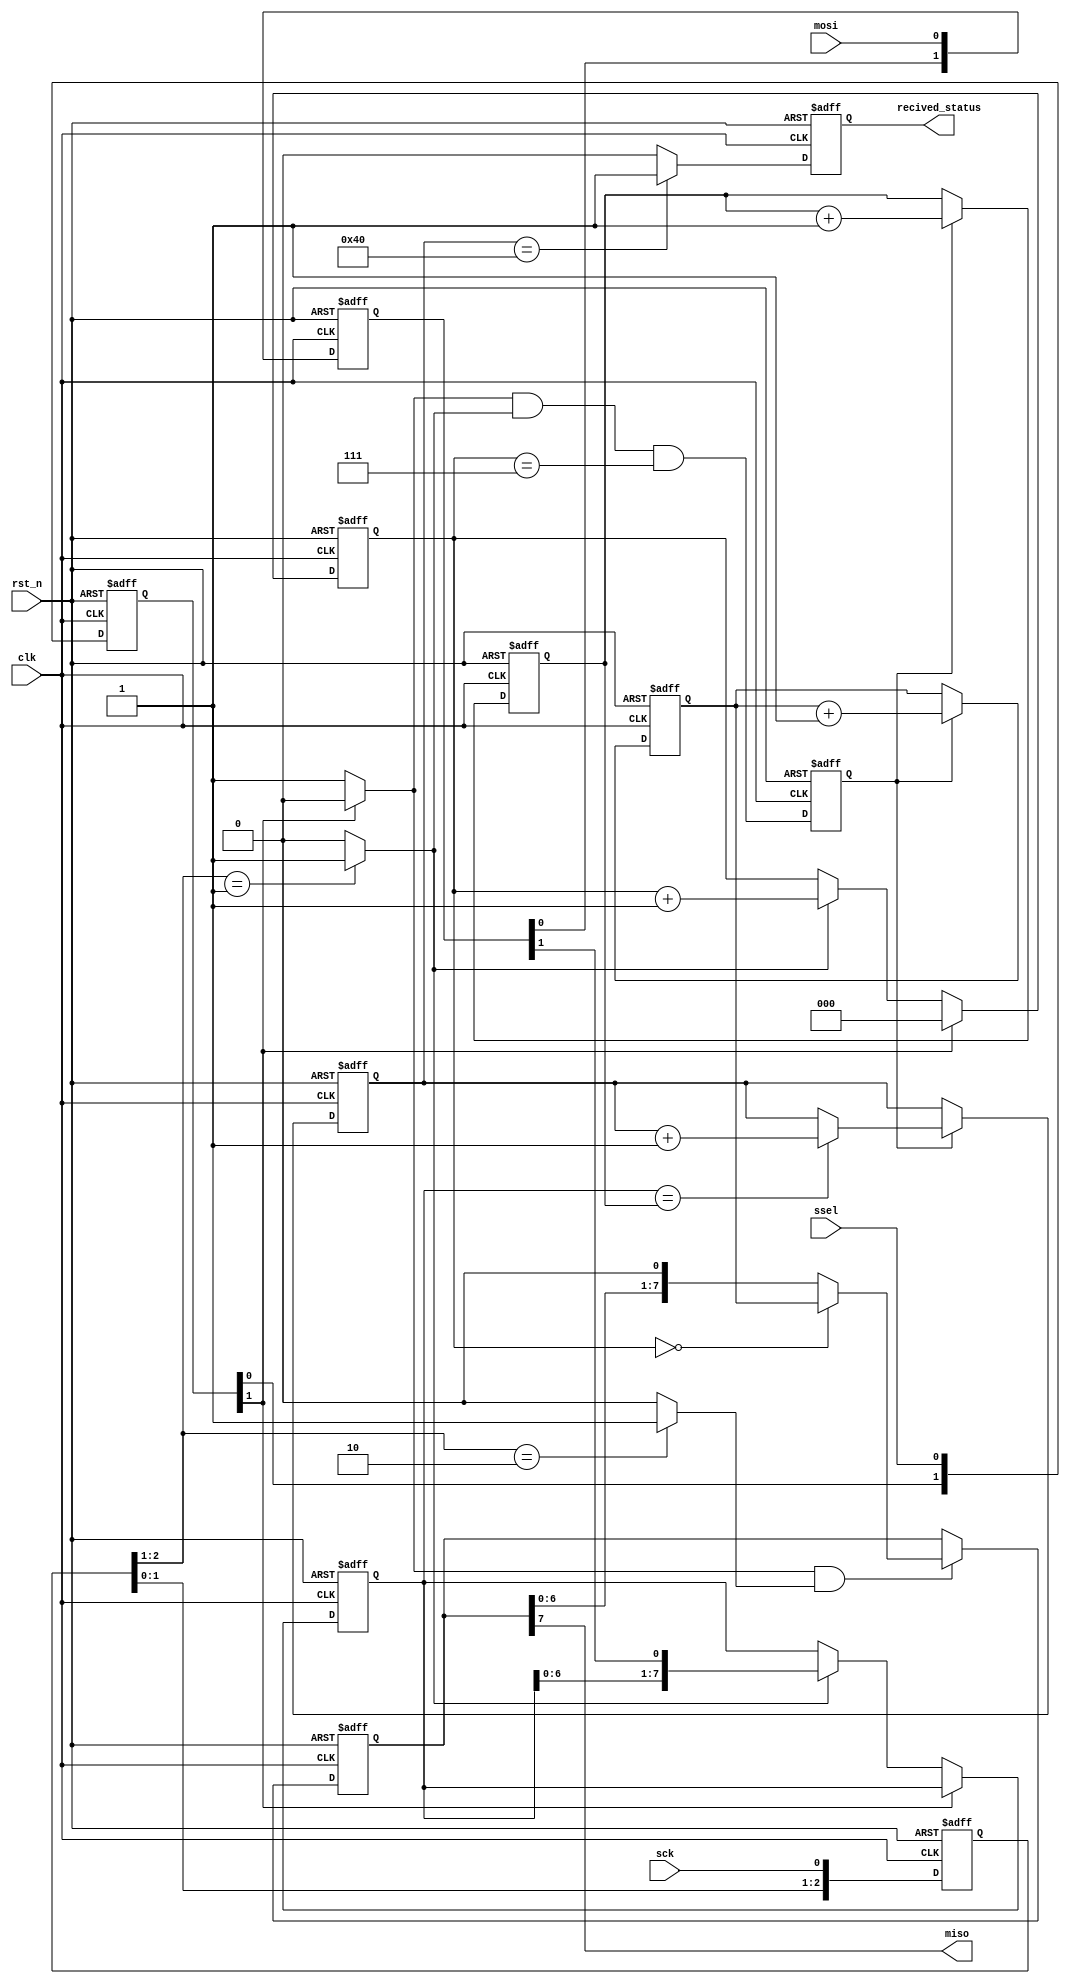
module spi_slave_0_base(
clk,sck,mosi,miso,ssel,rst_n,recived_status
);

input clk;
input rst_n;
input sck,mosi,ssel;
output miso;
output recived_status;

reg recived_status;
reg[2:0] sckr;
reg[2:0] sselr;
reg[1:0] mosir;
reg[2:0] bitcnt;
reg[7:0] bytecnt;
reg byte_received;  // high when a byte has been received
reg [7:0] byte_data_received;
reg[7:0] received_memory;
reg [7:0] byte_data_sent;
reg [7:0] cnt;

wire ssel_active;
wire sck_risingedge;
wire sck_fallingedge;
wire ssel_startmessage;
wire ssel_endmessage;
wire mosi_data;
/*******************************************************************************
*detect the rising edge and falling edge of sck
*******************************************************************************/
always @(posedge clk or negedge rst_n)begin
	if(!rst_n)
		sckr <= 3'h0;
	else
		sckr <= {sckr[1:0],sck};
end

assign sck_risingedge = (sckr[2:1] == 2'b01) ? 1'b1 : 1'b0;
assign sck_fallingedge = (sckr[2:1] == 2'b10) ? 1'b1 : 1'b0;

/*******************************************************************************
*detect starts at falling edge and stops at rising edge of ssel
*******************************************************************************/
always @(posedge clk or negedge rst_n)begin
	if(!rst_n)
		sselr <= 3'h0;
	else
		sselr <= {sselr[1:0],ssel};
end

assign  ssel_active = (~sselr[1]) ? 1'b1 : 1'b0;  // SSEL is active low
assign  ssel_startmessage = (sselr[2:1]==2'b10) ? 1'b1 : 1'b0;  // message starts at falling edge
assign  ssel_endmessage = (sselr[2:1]==2'b01) ? 1'b1 : 1'b0;  // message stops at rising edge

/*******************************************************************************
*read from mosi
*******************************************************************************/
always @(posedge clk or negedge rst_n)begin
	if(!rst_n)
		mosir <= 2'h0;
	else
		mosir <={mosir[0],mosi};
end

assign mosi_data = mosir[1];

/*******************************************************************************
*SPI slave reveive in 8-bits format
*******************************************************************************/
always @(posedge clk or negedge rst_n)begin
  if(!rst_n)begin
	bitcnt <= 3'b000;
	byte_data_received <= 8'h0;
  end
  else begin
   if(~ssel_active)
     bitcnt <= 3'b000;
   else begin
      if(sck_risingedge)begin
        bitcnt <= bitcnt + 3'b001;
        byte_data_received <= {byte_data_received[6:0], mosi_data};
      end
		else begin
		  bitcnt <= bitcnt;
        byte_data_received <= byte_data_received;
		end
	  end
  end
end

always @(posedge clk or negedge rst_n) begin
	if(!rst_n)
		byte_received <= 1'b0;
	else
		byte_received <= ssel_active && sck_risingedge && (bitcnt==3'b111);
end

always @(posedge clk or negedge rst_n) begin
	if(!rst_n)begin
		bytecnt <= 8'h0;
		received_memory <= 8'h0;
	end
   else begin 
	 if(byte_received) begin
		  bytecnt <= bytecnt + 1'b1;
	     received_memory <= (byte_data_received == bytecnt) ? (received_memory + 1'b1) : received_memory;
	 end
	 else begin
		  bytecnt <= bytecnt;
	     received_memory <= received_memory;
	 end
	end
end

/*******************************************************************************
*SPI  slave send date 
*******************************************************************************/
always @(posedge clk or negedge rst_n) begin
	 if(!rst_n)
	  cnt<= 8'h0;
	 else begin
     if(byte_received) 
			cnt<=cnt+8'h1;  // count the messages
		else
			cnt<=cnt;
    end
end

always @(posedge clk or negedge rst_n) begin
    if(!rst_n)
		byte_data_sent <= 8'h0;
	 else begin
      if(ssel_active && sck_fallingedge) begin
          if(bitcnt==3'b000)
               byte_data_sent <= cnt;  // after that, we send 0s
           else
               byte_data_sent <= {byte_data_sent[6:0], 1'b0};
		end
		else
			byte_data_sent <= byte_data_sent;
	end
end

assign miso = byte_data_sent[7];  // send MSB first

always @(posedge clk or negedge rst_n) begin
	 if(!rst_n)
	  recived_status <= 1'b0;
	 else 
	  recived_status <= (received_memory == 8'd64) ? 1'b1 : 1'b0;
end

endmodule